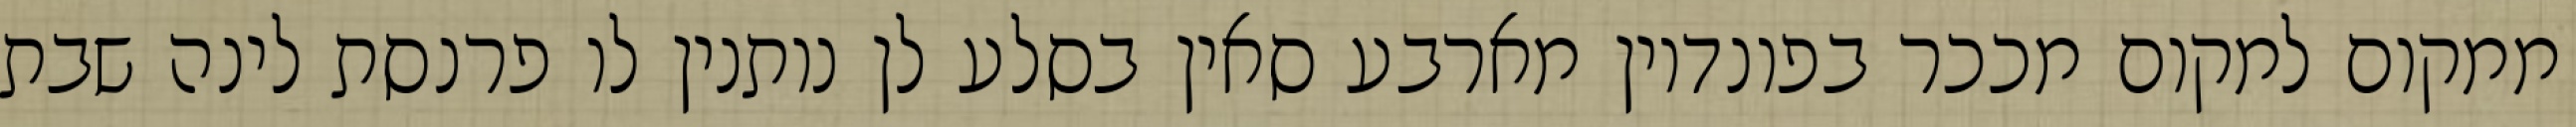
ממקום למקום מככר בפונדיון מארבע סאין בסלע לן נותנין לו פרנסת לינה שבת